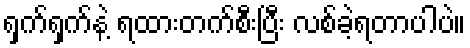
ရှက်ရှက်နဲ့ ရထားတက်စီးပြီး လစ်ခဲ့ရတာပါပဲ။